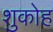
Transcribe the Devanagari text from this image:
शुकोह